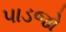
પાડજો